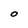
Character: O